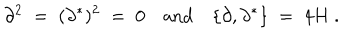
LaTeX: \partial ^ { 2 } \; = \; ( \partial ^ { * } ) ^ { 2 } \; = \; 0 \quad \mathrm { a n d } \quad \{ \partial , \partial ^ { * } \} \; = \; 4 H \ .